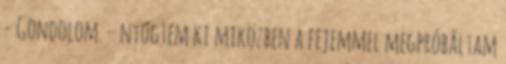
- Gondolom. – nyögtem ki miközben a fejemmel megpróbáltam